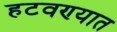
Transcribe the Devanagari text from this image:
हटवण्यात